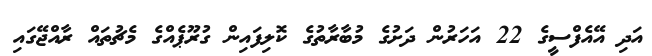
އަދި އޭއެފްސީގެ 22 އަހަރުން ދަށުގެ މުބާރާތުގެ ކޮލިފައިން ގުރޫޕެއްގެ މެޗުތައް ރާއްޖޭގައި